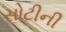
સોટીની